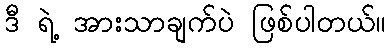
ဒီ ရဲ့ အားသာချက်ပဲ ဖြစ်ပါတယ်။